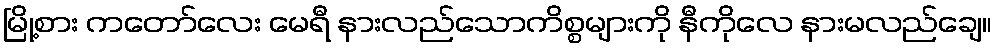
မြို့စား ကတော်လေး မေရီ နားလည်သောကိစ္စများကို နီကိုလေ နားမလည်ချေ။